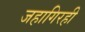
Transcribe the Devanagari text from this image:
जहागिरही